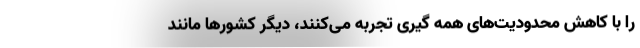
را با کاهش محدودیت‌های همه گیری تجربه می‌کنند، دیگر کشورها مانند